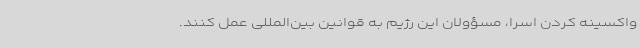
واکسینه کردن اسرا، مسؤولان این رژیم به قوانین بین‌المللی عمل کنند.